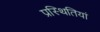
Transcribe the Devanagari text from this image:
प्रस्थितियां